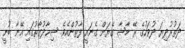
ދަތުރުދިޔަ ދުވަހުގެ ރޭ މާޝާ ގެޔަށް ގެނައީ ފާތުންއެވެ. ޝިހާދުގާތުގައި އޭނާ ބުނީ